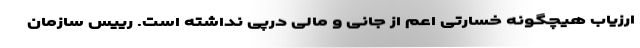
ارزیاب هیچگونه خسارتی اعم از جانی و مالی درپی نداشته است. رییس سازمان